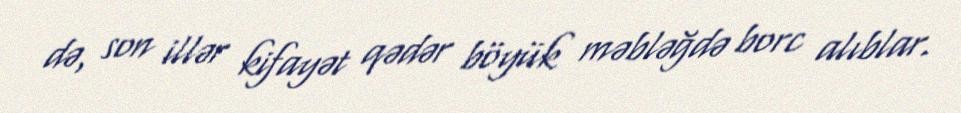
də, son illər kifayət qədər böyük məbləğdə borc alıblar.